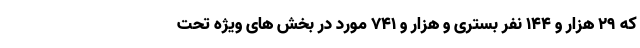
که ۲۹ هزار و ۱۴۴ نفر بستری و هزار و ۷۴۱ مورد در بخش های ویژه تحت